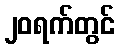
၂၀ရက်တွင်